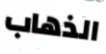
الذهاب